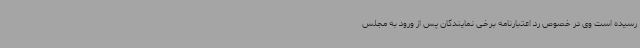
رسیده است وی در خصوص رد اعتبارنامه برخی نمایندگان پس از ورود به مجلس